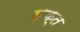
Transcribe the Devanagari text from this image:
राक्त